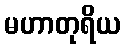
မဟာတုရိယ